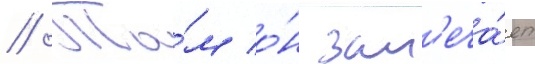
// Та́м о́н зам'еча́ет